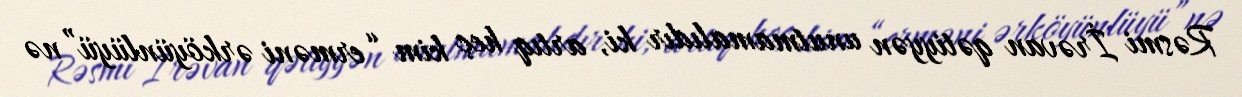
Rəsmi İrəvan qətiyyən unutmamalıdır ki, artıq heç kim “erməni ərköyünlüyü”nə